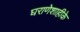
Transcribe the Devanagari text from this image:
घराणेशाहीके